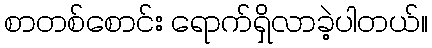
စာတစ်စောင်း ရောက်ရှိလာခဲ့ပါတယ်။